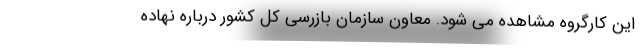
این کارگروه مشاهده می شود. معاون سازمان بازرسی کل کشور درباره نهاده